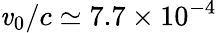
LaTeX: \mathit{v}_{0}/c\simeq7.7\times10^{-4}